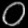
Digit: ၀